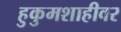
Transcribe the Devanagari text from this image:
हुकुमशाहीवर